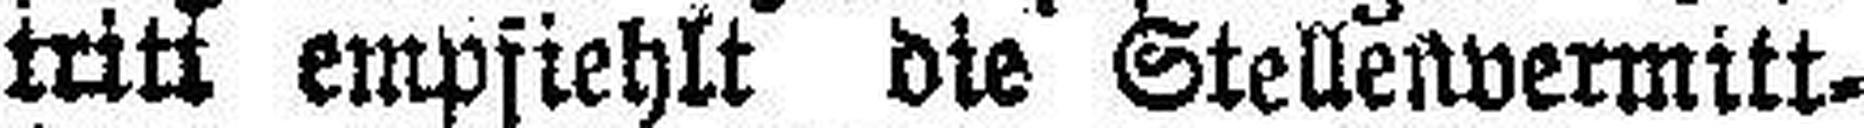
tritt empfiehlt die Stellenvermitt¬